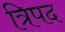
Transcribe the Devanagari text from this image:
त्रिपद